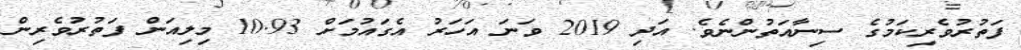
ފަތުރުވެރިކަމުގެ ސިނާއަތުންނެވެ. އަދި 2019 ވަނަ އަހަރު އެގައުމަށް 10.93 މިލިއަން ފަތުރުވެރިން